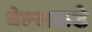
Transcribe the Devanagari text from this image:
वेल्सकडे